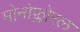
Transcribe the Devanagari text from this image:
मोनोफ्लोरल